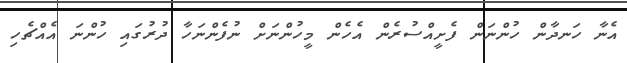
އެނާ ހަނދާން ހުންނަން ފެށީއްސުރެން އެހެން މީހުންނަށް ނުފެންނަހާ ދުރުގައި ހުންނަ އެއްޗެހި